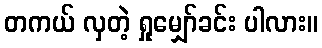
တကယ် လှတဲ့ ရှုမျှော်ခင်း ပါလား။